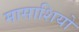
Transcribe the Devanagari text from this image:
मासाशियो